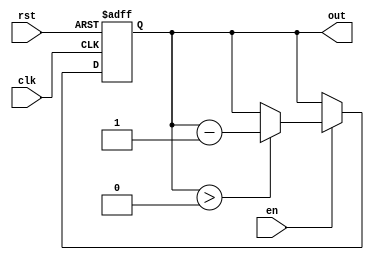
module DownCounterMoore (
    input wire clk,       // Clock input
    input wire rst,       // Asynchronous reset input
    input wire en,        // Enable signal
    output reg [2:0] out  // Count output (3 bits to count down from 7)
);

    // Define the initial count value
    parameter INITIAL_COUNT = 3'b111;  // Counting down from 7 (3 bits)

    // State transition logic (the state variable is inherently defined by out)
    always @(posedge clk or posedge rst) begin
        if (rst) begin
            out <= INITIAL_COUNT;  // Reset to initial count when rst is high
        end else if (en) begin
            if (out > 3'b000) begin
                out <= out - 1;  // Decrement the count
            end
            // If out is 0, it remains at 0
        end
    end
endmodule